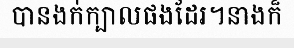
បានងក់ក្បាលផងដែរ។នាងក៏